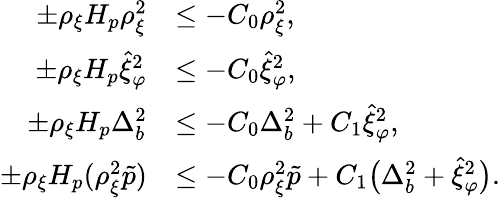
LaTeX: \begin{array}{rl}{\pm\rho_{\xi}H_{p}\rho_{\xi}^{2}}&{\leq-C_{0}\rho_{\xi}^{2},}\\ {\pm\rho_{\xi}H_{p}\hat{\xi}_{\varphi}^{2}}&{\leq-C_{0}\hat{\xi}_{\varphi}^{2},}\\ {\pm\rho_{\xi}H_{p}\Delta_{b}^{2}}&{\leq-C_{0}\Delta_{b}^{2}+C_{1}\hat{\xi}_{\varphi}^{2},}\\ {\pm\rho_{\xi}H_{p}(\rho_{\xi}^{2}\tilde{p})}&{\leq-C_{0}\rho_{\xi}^{2}\tilde{p}+C_{1}\big(\Delta_{b}^{2}+\hat{\xi}_{\varphi}^{2}\big).}\end{array}